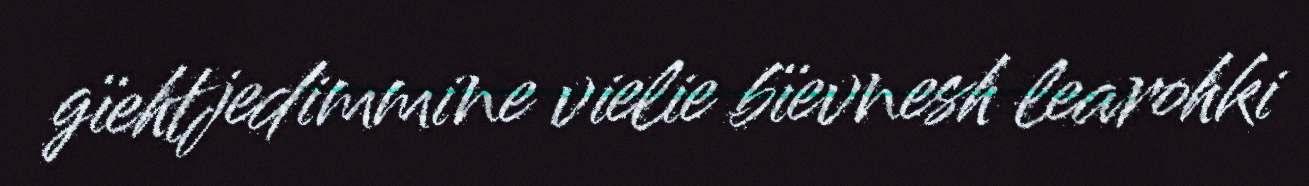
gïehtjedimmine vielie bïevnesh learohki